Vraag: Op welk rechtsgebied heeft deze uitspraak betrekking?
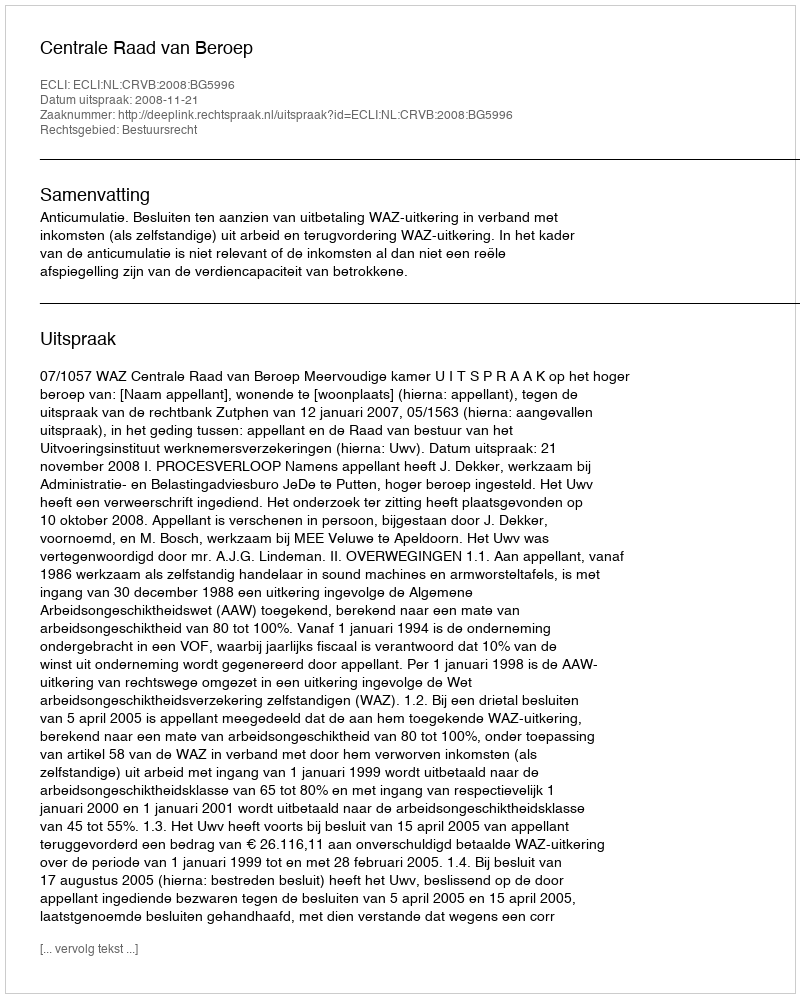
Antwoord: Bestuursrecht